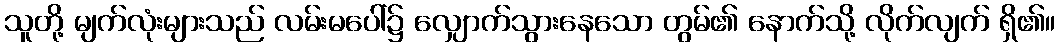
သူတို့ မျက်လုံးများသည် လမ်းမပေါ်၌ လျှောက်သွားနေသော တွမ်၏ နောက်သို့ လိုက်လျက် ရှိ၏။